画像に写った文字を読んでください
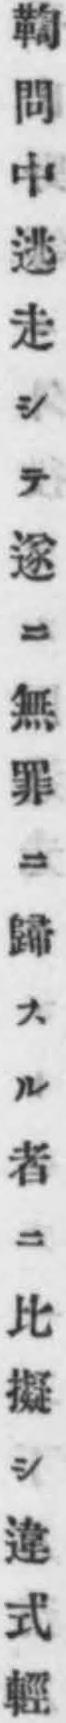
「鞫問中逃走シテ遂ニ無罪ニ歸スル者ニ比擬シ違式輕」と書いてあります